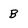
Character: B